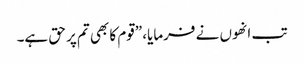
تب انھوں نے فرمایا، ”قوم کا بھی تم پر حق ہے۔